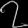
Digit: ၇